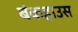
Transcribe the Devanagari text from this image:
बंकहाउस